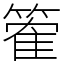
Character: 篧